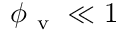
\phi _ { \mathrm { ~ v ~ } } \ll 1